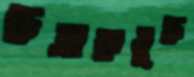
ছত্রাকমুক্ত